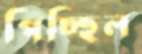
পিচ্ছিল